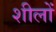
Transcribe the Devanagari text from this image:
शीलों